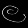
Digit: ၉